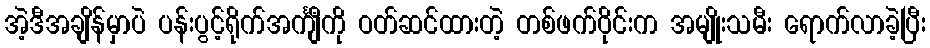
အဲ့ဒီအချိန်မှာပဲ ပန်းပွင့်ရိုက်အင်္ကျီကို ဝတ်ဆင်ထားတဲ့ တစ်ဖက်ဝိုင်းက အမျိုးသမီး ရောက်လာခဲ့ပြီး